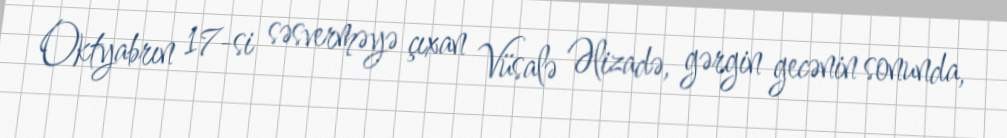
Oktyabrın 17-si səsverməyə çıxan Vüsalə Əlizadə, gərgin gecənin sonunda,